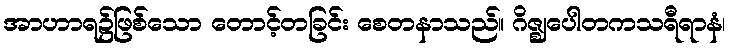
အာဟာရ၌ဖြစ်သော တောင့်တခြင်း စေတနာသည်။ ဂိဇ္ဈပေါတကသရီရာနံ၊